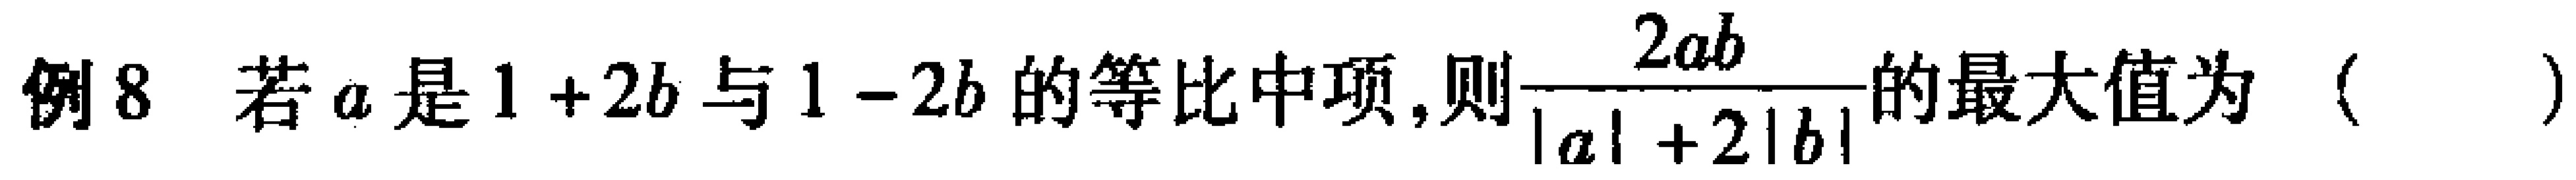
例8 若\(a\)是\(1 + 2b\)与\(1 - 2b\)的等比中项,则\(\frac{2ab}{\vert a\vert + 2\vert b\vert}\)的最大值为（  ）